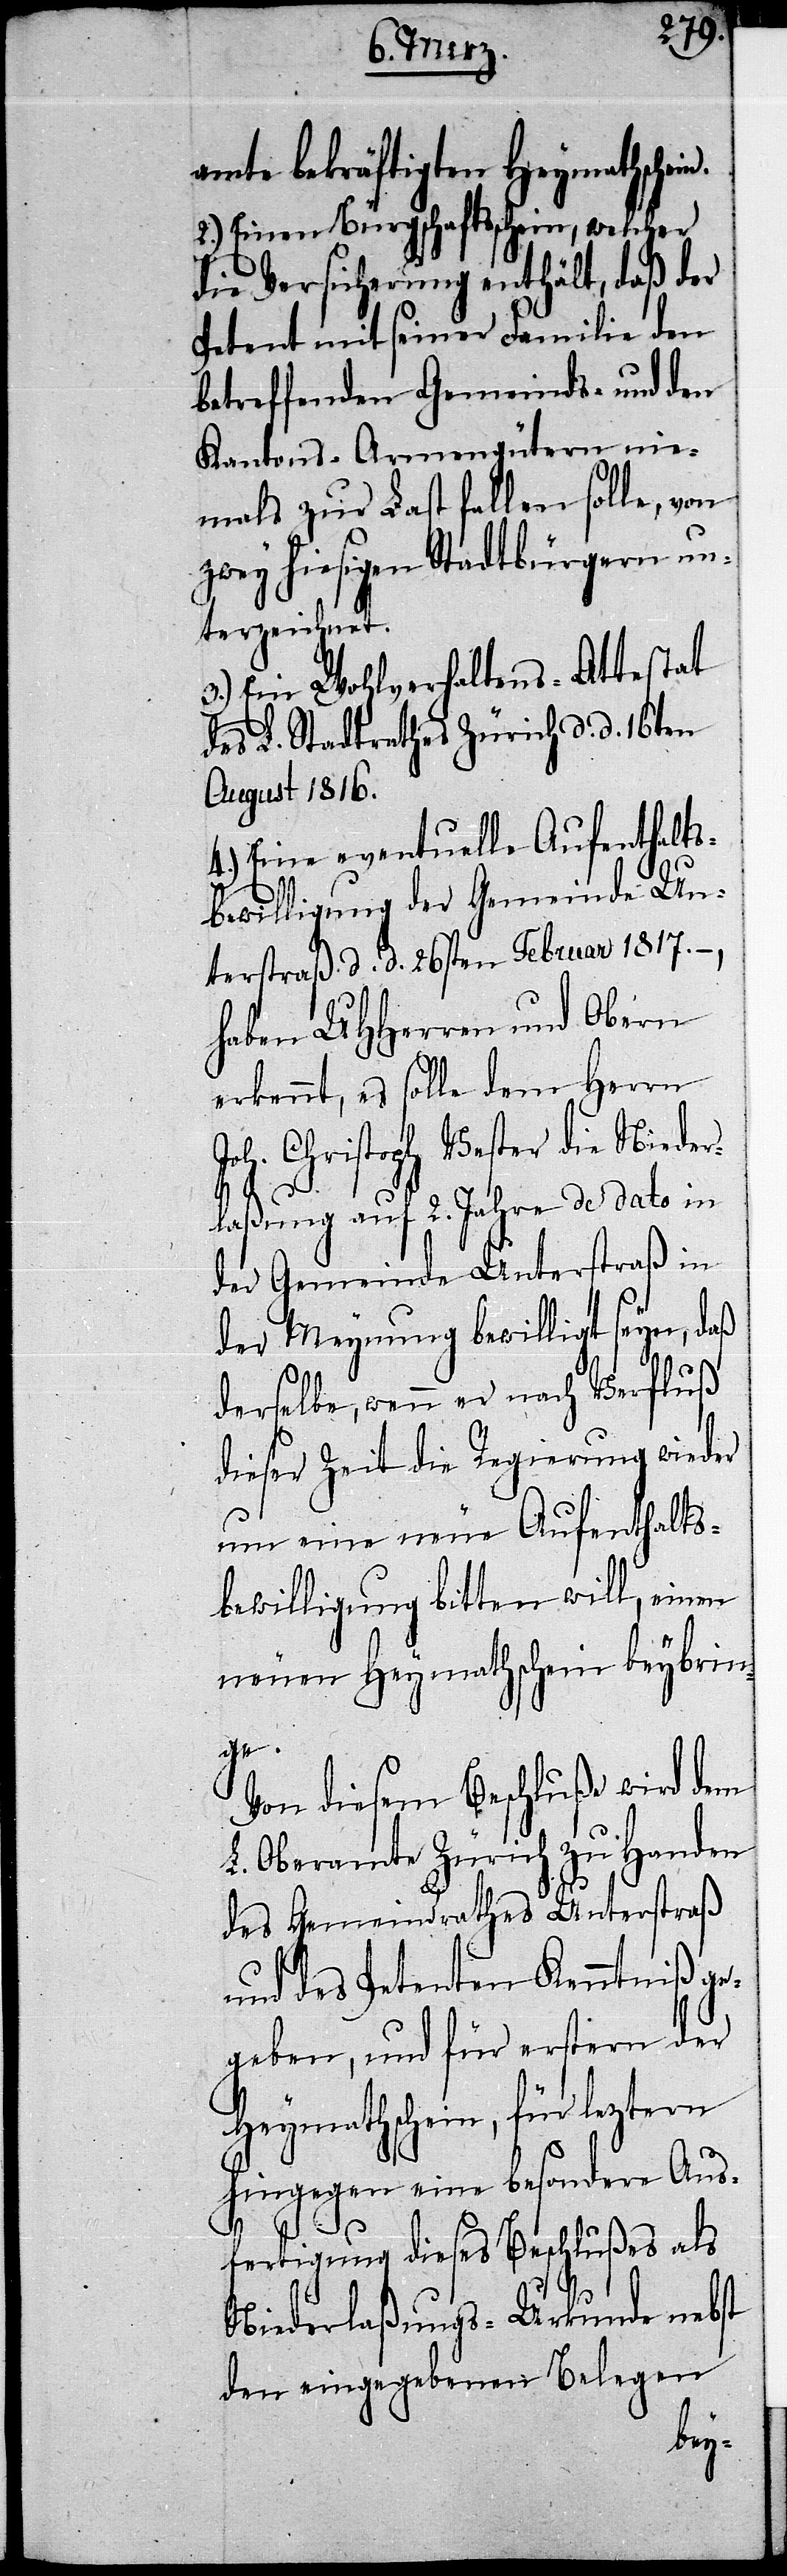
amte bekräftigten Heymathschei¬
2.) Einen Bürgschaftsschein, welcher
die Versicherung enthält, daß der
Petent mit seiner Familie den
betreffenden Gemeinds- und den
Kantons-Armengütern nie¬
mals zur Last fallen solle, von
zwey hiesigen Stadtbürgern un¬
terzeichnet.
3.) Ein Wohlverhaltens-Attestat
des L. Stadtrathes Zürich d. d. 16ten
August 1816.
4.) Eine eventuelle Aufenthalts¬
bewilligung der Gemeinde Un¬
terstraß d. d. 26sten Februar 1817.
haben UHHerren und Obern
erkennt, es solle dem Herrn
Joh. Christoph Vester die Nieder¬
laßung auf 2. Jahre de dato in
der Gemeinde Unterstraß in
der Meynung bewilligt seyn, daß
derselbe, wenn er nach Verfluß
dieser Zeit die Regierung wieder
um eine neue Aufenthalts¬
bewilligung bitten will, einen
neuen Heymathschein beybrin¬
ge.
Von diesem Beschluße wird dem
L. Oberamte Zürich zu Handen
des Gemeindrathes Unterstraß
und des Petenten Kenntniß ge¬
geben, und für erstern der
Heymathschein, für leztern
hingegen eine besondere Aus¬
n.
fertigung dieses Beschlußes als
Niederlaßungs-Urkunde nebst
den eingegebenen Belegen